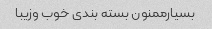
بسیارممنون بسته بندی خوب وزیبا